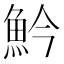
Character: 䰼